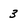
Character: 3